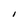
Character: I